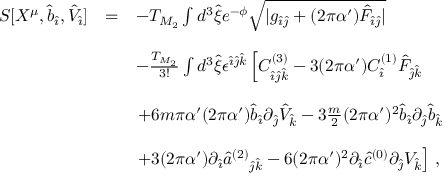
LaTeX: \begin{array} { r c l } { { S [ X ^ { \mu } , { \hat { b } } _ { \hat { \imath } } , { \hat { V } } _ { \hat { \imath } } ] } } & { { = } } & { { - T _ { M _ { 2 } } \int d ^ { 3 } { \hat { \xi } } e ^ { - \phi } \sqrt { | g _ { \hat { \imath } \hat { \jmath } } + ( 2 \pi \alpha ^ { \prime } ) { \hat { \cal F } } _ { \hat { \imath } \hat { \jmath } } | } } } \\ { { } } & { { } } & { { } } \\ { { } } & { { } } & { { - \frac { T _ { M _ { 2 } } } { 3 ! } \int d ^ { 3 } \hat { \xi } \epsilon ^ { \hat { \imath } \hat { \jmath } \hat { k } } \left[ C _ { \hat { \imath } \hat { \jmath } \hat { k } } ^ { ( 3 ) } - 3 ( 2 \pi \alpha ^ { \prime } ) C _ { \hat { \imath } } ^ { ( 1 ) } \hat { \cal F } _ { \hat { \jmath } \hat { k } } \right. } } \\ { { } } & { { } } & { { } } \\ { { } } & { { } } & { { \left. + 6 m \pi \alpha ^ { \prime } ( 2 \pi \alpha ^ { \prime } ) { \hat { b } } _ { \hat { \imath } } \partial _ { \hat { \jmath } } { \hat { V } } _ { \hat { k } } - 3 \frac { m } { 2 } ( 2 \pi \alpha ^ { \prime } ) ^ { 2 } { \hat { b } } _ { \hat { \imath } } \partial _ { \hat { \jmath } } { \hat { b } } _ { \hat { k } } \right. } } \\ { { } } & { { } } & { { } } \\ { { } } & { { } } & { { \left. + 3 ( 2 \pi \alpha ^ { \prime } ) \partial _ { \hat { \imath } } \hat { a } ^ { ( 2 ) } { } _ { \hat { \jmath } \hat { k } } - 6 ( 2 \pi \alpha ^ { \prime } ) ^ { 2 } \partial _ { \hat { \imath } } { \hat { c } } ^ { ( 0 ) } \partial _ { \hat { \jmath } } V _ { \hat { k } } \right] \, , } } \end{array}